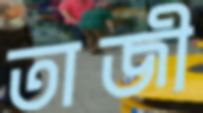
তাজী